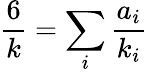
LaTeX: \frac 6k=\sum_{i}\frac{a_{i}}{k_{i}}